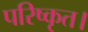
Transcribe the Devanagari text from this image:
परिष्कृत।